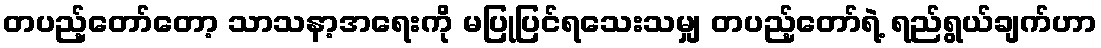
တပည့်တော်တော့ သာသနာ့အရေးကို မပြုပြင်ရသေးသမျှ တပည့်တော်ရဲ့ ရည်ရွယ်ချက်ဟာ